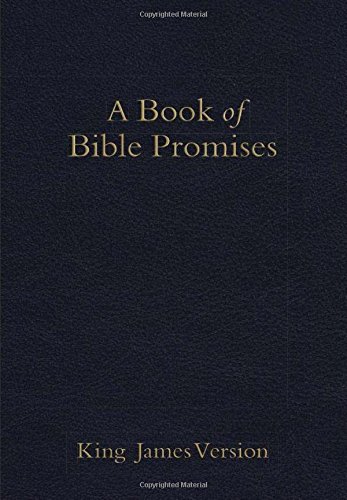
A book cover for KJV Book of Bible Promises, Midnight Blue Imitation Leather; Christian Books & Bibles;